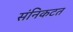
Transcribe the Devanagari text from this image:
संनिकटत